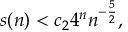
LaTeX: s ( n ) < c _ { 2 } 4 ^ { n } n ^ { - { \frac { 5 } { 2 } } } ,